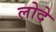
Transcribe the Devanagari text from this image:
लोदे